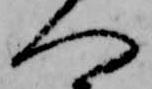
へ